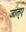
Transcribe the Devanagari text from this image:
जात्ए